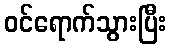
ဝင်ရောက်သွားပြီး